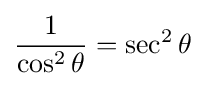
{\frac {1}{\cos ^{2}\theta }}=\sec ^{2}\theta